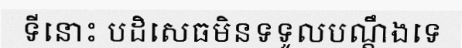
ទីនោះ បដិសេធមិនទទូលបណ្តឹងទេ